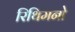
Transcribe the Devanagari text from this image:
रिथिमनो